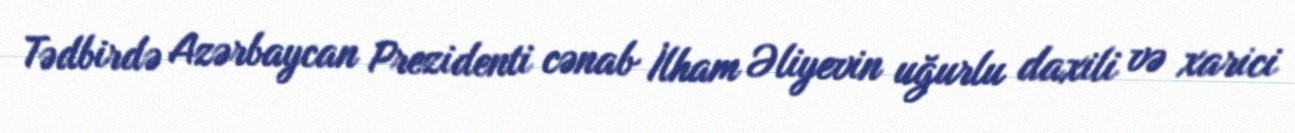
Tədbirdə Azərbaycan Prezidenti cənab İlham Əliyevin uğurlu daxili və xarici